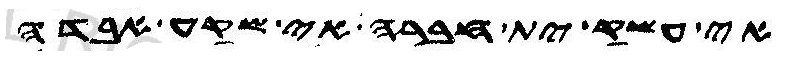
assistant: אי עשק ית חברה אי שקע אבדה